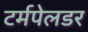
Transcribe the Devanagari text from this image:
टर्मपेलडर